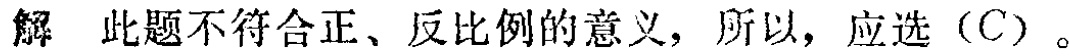
解 此题不符合正、反比例的意义，所以，应选（C）。